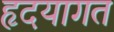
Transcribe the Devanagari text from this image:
हृदयागत